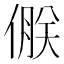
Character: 𪝝